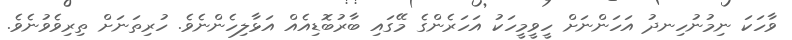
ވާހަކަ ނިމުނުހިނދު އަހަންނަށް ހީވީމީހަކު އަހަރެންގެ މޭގައި ބާރުބޮޑިއެއް އަޅާލިހެންނެވެ. ހުރިތަނަށް ތިރިވެވުނެވެ.